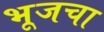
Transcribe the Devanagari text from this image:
भूजचा